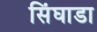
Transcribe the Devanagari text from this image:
सिंघाडा